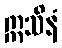
ဣသိနံ